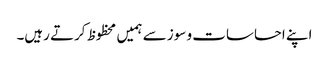
اپنے احساسات و سوز سے ہمیں محظوظ کرتے رہیں۔